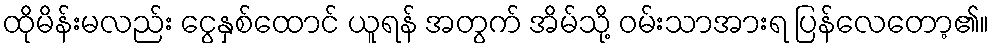
ထိုမိန်းမလည်း ငွေနှစ်ထောင် ယူရန် အတွက် အိမ်သို့ ဝမ်းသာအားရ ပြန်လေတော့၏။